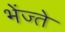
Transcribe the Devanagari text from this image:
भेंज्ते